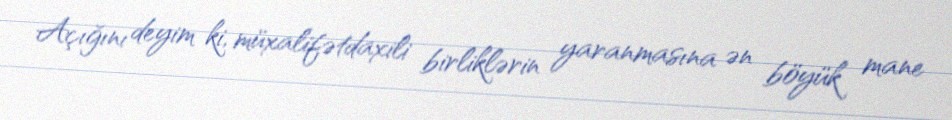
Açığını deyim ki, müxalifətdaxili birliklərin yaranmasına ən böyük mane